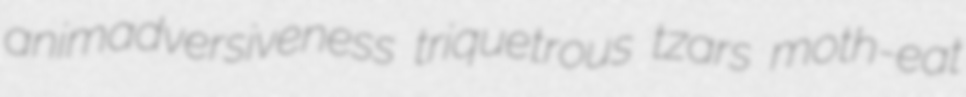
animadversiveness triquetrous tzars moth-eat